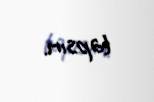
tapsın.